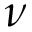
\nu